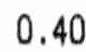
0.40